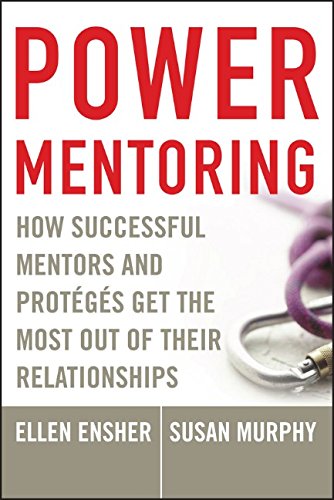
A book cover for Power Mentoring: How Successful Mentors and Proteges Get the Most Out of Their Relationships; Ellen A. Ensher; Business & Money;